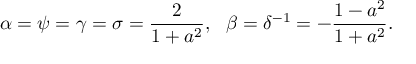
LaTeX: \alpha = \psi = \gamma = \sigma = \frac { 2 } { 1 + a ^ { 2 } } , \ \ \beta = \delta ^ { - 1 } = - \frac { 1 - a ^ { 2 } } { 1 + a ^ { 2 } } .